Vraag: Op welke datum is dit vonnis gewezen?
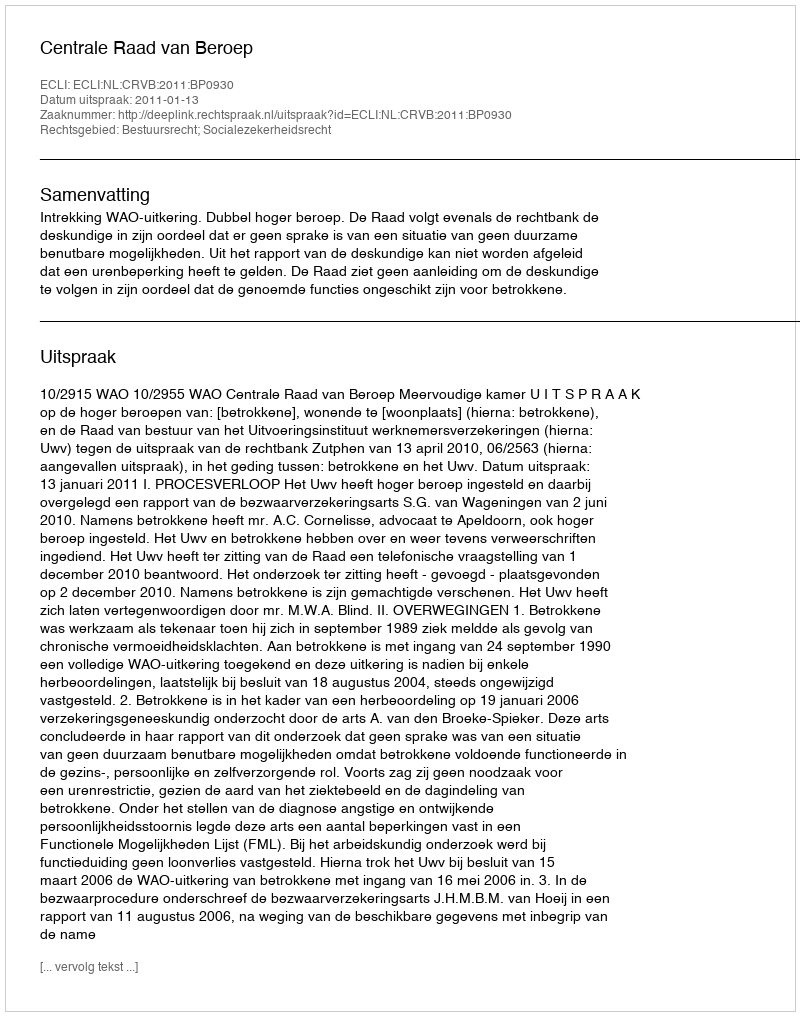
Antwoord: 2011-01-13